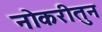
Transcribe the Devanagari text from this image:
नोकरीतुन